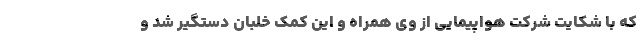
که با شکایت شرکت هواپیمایی از وی همراه و این کمک خلبان دستگیر شد و